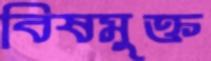
বিষমুক্ত